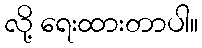
လို့ ရေးထားတာပါ။